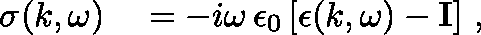
\begin{array} { r l } { \mathbf { \sigma } ( k , \omega ) } & { { } = - i \omega \, \epsilon _ { 0 } \left[ \mathbf { \epsilon } ( k , \omega ) - \mathbf { I } \right] \, , } \end{array}